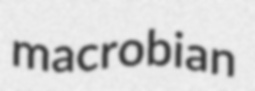
macrobian